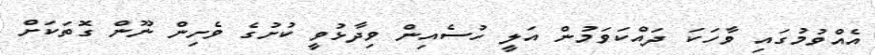
އެއްވުމުގައި ވާހަކަ ދައްކަވަމުން އަލީ ހުސެއިން ވިދާޅުވީ ކުށުގެ ވެށިން ނޫން ގޮތަކަށް